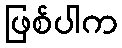
ဖြစ်ပါက